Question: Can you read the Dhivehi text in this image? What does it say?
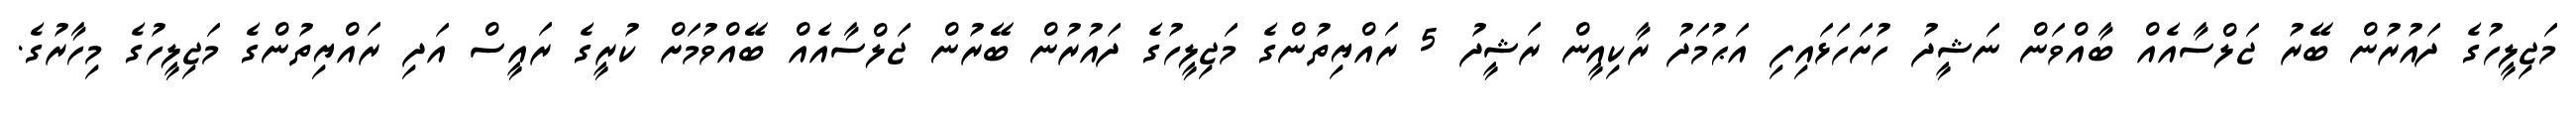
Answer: މަޖިލީހުގެ ދައުރުން ބޭރު ޖަލްސާއެއް ބާއްވަން ނަޝީދު ހުށަހަޅައިފި އަޙުމަދު ރާކިއީން ރަޝީދު 5 ރައްޔިތުންގެ މަޖިލީހުގެ ދައުރުން ބޭރުން ޖަލްސާއެއް ބޭއްވުމަށް ކުރީގެ ރައީސް އަދި ރައްޔިތުންގެ މަޖިލީހުގެ މިހާރުގެ.